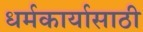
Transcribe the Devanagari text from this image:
धर्मकार्यासाठी